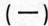
(一)